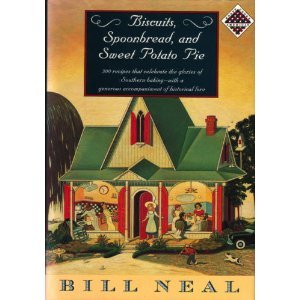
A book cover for Biscuits, Spoonbread & Sweet Potato Pie (Knopf Cooks American Series); Bill Neal; Cookbooks, Food & Wine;